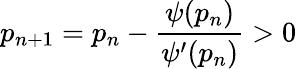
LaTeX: p_{n+1}=p_{n}-\frac{\psi(p_{n})}{\psi^{\prime}(p_{n})}>0